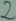
Text: 2